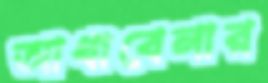
আধাবেলার